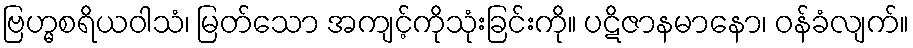
ဗြဟ္မစရိယဝါသံ၊ မြတ်သော အကျင့်ကိုသုံးခြင်းကို။ ပဋိဇာနမာနော၊ ဝန်ခံလျက်။